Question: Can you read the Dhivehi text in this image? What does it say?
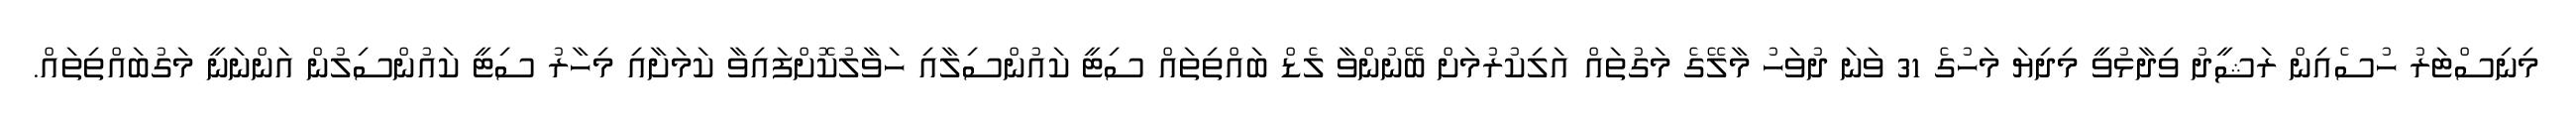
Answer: މިނިސްޓަރު ހުސެއިން ރަޝީދު ވިދާޅުވީ މިދިޔަ މަހުގެ 31 ވަނަ ދުވަހު މާލޭގެ މަގުތައް އަލިކުރުމަށް ބޭނުންވާ ލެޑް ބައްތިތައް ސިޓީ ކައުންސިލާއި ހަވާލުކޮށްފައިވާ ކަމަށާއި މިހާރު ސިޓީ ކައުންސިލުން އަންނަނީ މަގުބައްތިތައް.